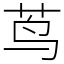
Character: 茑